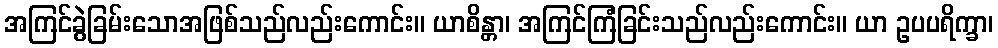
အကြင်ခွဲခြမ်းသောအဖြစ်သည်လည်းကောင်း။ ယာစိန္တာ၊ အကြင်ကြံခြင်းသည်လည်းကောင်း။ ယာ ဥပပရိက္ခာ၊